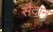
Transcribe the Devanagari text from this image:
सैदान